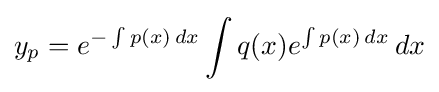
y_{p}=e^{-\int p(x)\,dx}\int q(x)e^{\int p(x)\,dx}\,dx